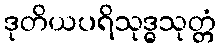
ဒုတိယပရိသုဒ္ဓသုတ္တံ